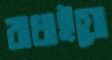
বাধাইয়ো